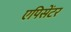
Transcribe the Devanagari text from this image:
एपिसेंटर